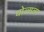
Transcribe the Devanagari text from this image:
घोल्सला